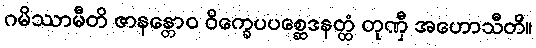
ဂမိဿာမီတိ ဇာနန္တောဝ ဝိက္ခေပပစ္ဆေဒနတ္ထံ တုဏှီ အဟောသီတိ။